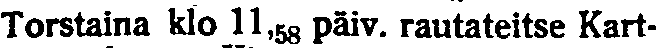
Torstaina klo 11,58 päiv. rautateitse Kart-